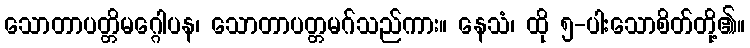
သောတာပတ္တိမဂ္ဂေါပန၊ သောတာပတ္တမဂ်သည်ကား။ နေသံ၊ ထို ၅-ပါးသောစိတ်တို့၏။